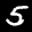
Label: 5